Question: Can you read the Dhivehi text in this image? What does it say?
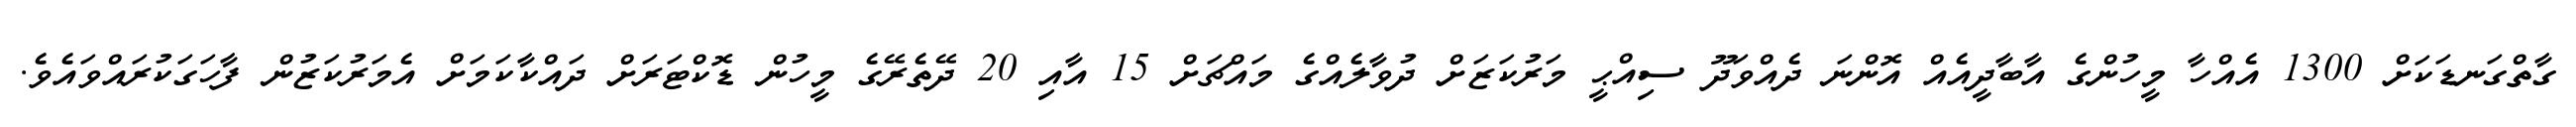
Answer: ގާތްގަނޑަކަށް 1300 އެއްހާ މީހުންގެ އާބާދީއެއް އޮންނަ ދެއްވަދޫ ސިއްޙީ މަރުކަޒަށް ދުވާލެއްގެ މައްޗަށް 15 އާއި 20 ދޭތެރޭގެ މީހުން ޑޮކްޓަރަށް ދައްކާކަމަށް އެމަރުކަޒުން ފާހަގަކުރައްވައެވެ.